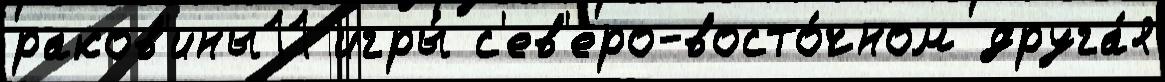
раков'ины11 игры́ с'ев'еро-восто́чном друга́я